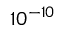
1 0 ^ { - 1 0 }